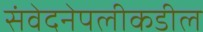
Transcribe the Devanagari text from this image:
संवेदनेपलीकडील